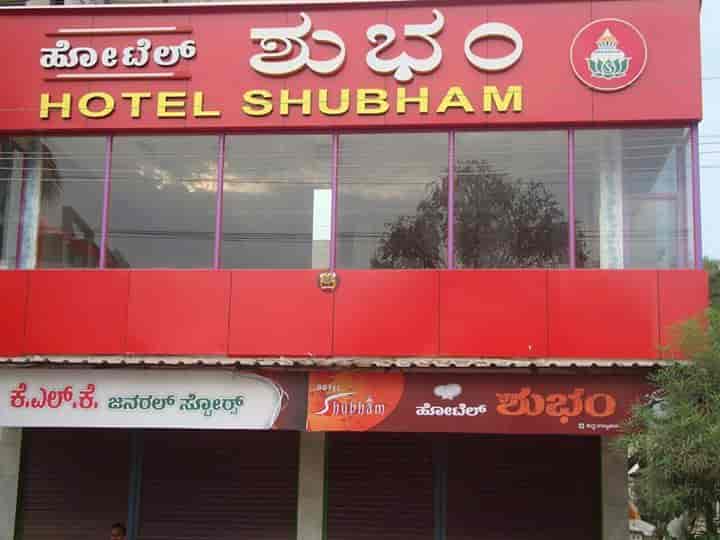
Language: kannada
Transcription: ಕೆ.ಎಲ್.ಕೆ ಸ್ಟೋರ್ರ್ಸ್ ಹೋಟೆಲ್ ಶುಭo ಶುಭಂ ಜನರಲ್ ಹೋಟೆಲ್